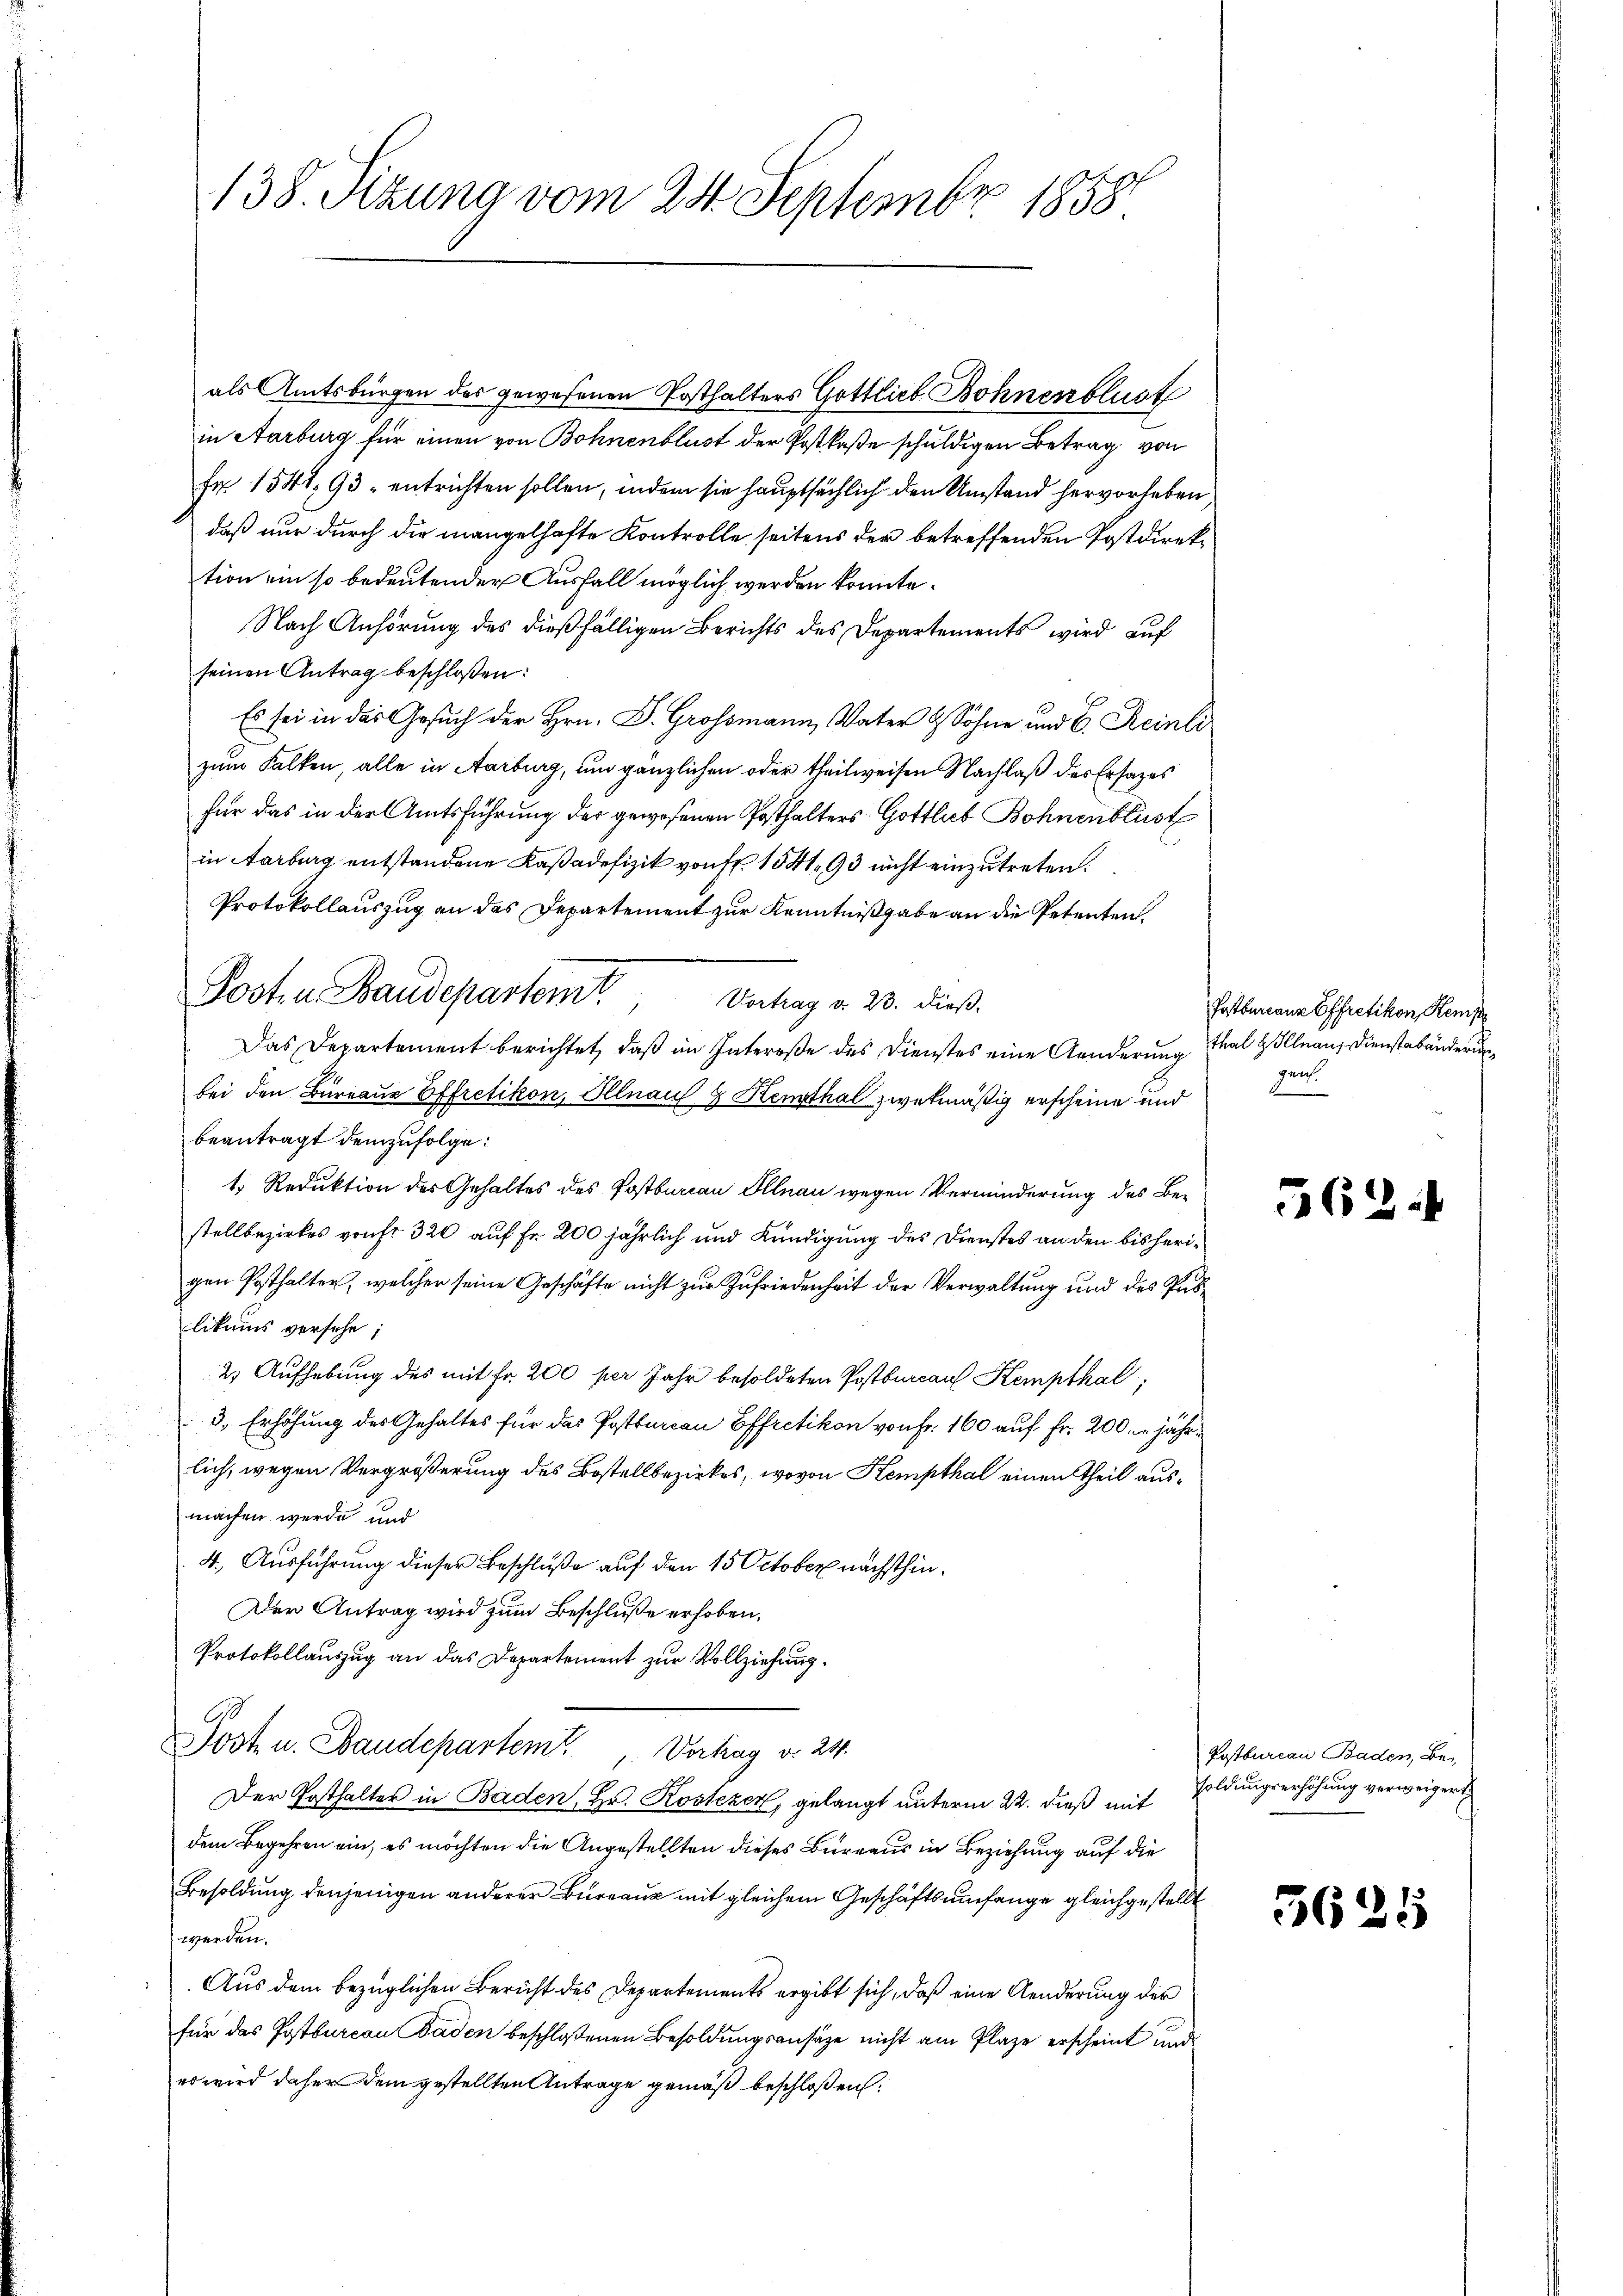
138. Sizung vom 24. Septembr 1858

als Amtsbürgen des gewesenen Posthalters Gottlieb Bohnenblust
in Aarburg für einen von Bohnenblust der Postkaße schuldigen Betrag von
Fr. 1541, 93 entrichten sollen, indem sie hauptsächlich den Umstand hervorheben,
daß nur durch die mangelhafte Kontrolle seitens der betreffenden Postdirektion ein so bedeutender Ausfall möglich werden konnte.
Nach Anhörung des dießfälligen Berichts des Departements wird auf
seinen Antrag beschloßen:
Es sei in das Gesuch der Hrn. Dr. Grossmann, Vater & Söhne und 6. Reinli
zum Falken, alle in Aarburg, um gänzlichen oder theilweisen Nachlaß des Ersatzes
für das in der Amtsführung der gewesenen Posthalters Gottlieb Bohnenblust
in Aarburg entstandene Kasadefizit von Fr. 1541, 93 nicht einzutreten.
Protokollauszug an das Departement zur Kenntnißgabe an die Petenten.
Das Departement berichtet, daß im Intereße des Dienstes eine Aenderung thal Illnau, Dienstabänderun
bei den Büreaue Effretikon, Illnau & Heurthal zwekmäßig erscheine und
beantragt demzufolge:
1. Reduktion des Gehaltes des Postbarian Illnau wegen Verminderung des Bestellbezirkes von fr. 320 auf Fr. 200 jährlich und Kündigung des Dienstes an den bisherigen Posthalter, welcher seine Geschäfte nicht zur Zufriedenheit der Verwaltung und des Publikums versehe;
2 Aufhebung des mit Fr. 200 per Jahr besoldeten Postbureau Kempthal,
3. Erhöhung des Gehaltes für das Postburcan Effretikon von Fr. 160 auf Fr. 200 jährlich, wegen Vergrößerung des Bestellbezirkes, wovon Kempthal einen Theil ausmachen werde und
4., Ausführung dieser Beschluße auf den 15 October nächsthin¬
Der Antrag wird zum Beschluße erhoben,
Protokollauszug an das Departement zur Vollziehung.
Post u. Baudepartem Vortrag d. 24.
Der Posthalter in Baden, Hr. Kostezer, gelangt unterm 22. dieß mit
dem Begehren ein, es möchten die Angestellten dieses Burraus in Beziehung auf die
Besoldung denjenigen anderer Bureaux mit gleichem Geschäftsumfange gleichgestellt
werden.
Aus dem bezüglichen Bericht des Departements ergibt sich, daß eine Aenderung der
für das Postburcan Baden beschloßenen Besoldungsansätze nicht am Plaze erscheint und
es wird daher dem gestellten Antrage gemäß beschloßen:

Jooten Staudepartemt, Verhang v. 23. dieß.

Postbureauz Effretikon Kemp
gen
zu¬

562

Postbureau Baden, Besoldungserhöhung verweigert

562

5